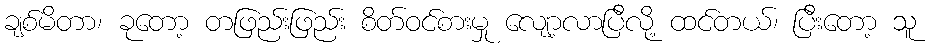
ချစ်မိတာ၊ ခုတော့ တဖြည်းဖြည်း စိတ်ဝင်စားမှု လျော့လာပြီလို့ ထင်တယ်၊ ပြီးတော့ သူ